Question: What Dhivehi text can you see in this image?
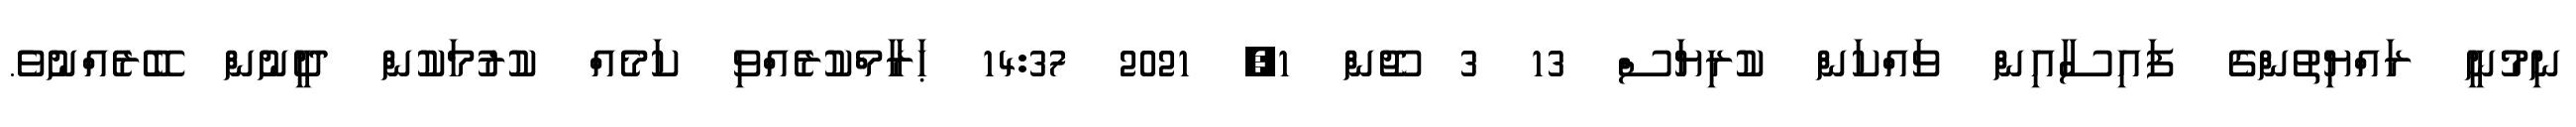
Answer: ނިމުނީ ރައްޔިތުންގެ ފައިސާއިން ވައްކަން ކުރިޔަސް 13 3 ޖޫން 1, 2021 14:37 ޙަރާމްކުރެއްވި ކަމެއް ކުރުމަކުން ދީނުން ބޭރެއްނުވެ.